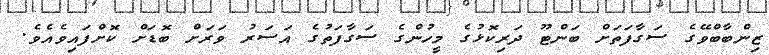
ޒިންބާބްވޭގެ ސަގާފަތަށް ބަންޓޫ ދަރިކޮޅުގެ މީހުންގެ ސަގާފަތުގެ އަސަރު ވަރަށް ބޮޑަށް ކޮށްފައިވެއެވެ.